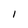
Character: 1